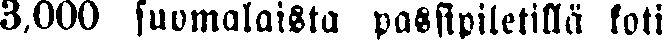
3,000 suomalaista passipiletillä koti